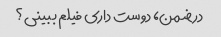
در ضمن، دوست داری فیلم ببینی؟